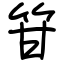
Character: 䇞